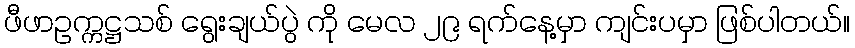
ဖီဖာဥက္ကဋ္ဌသစ် ရွေးချယ်ပွဲ ကို မေလ ၂၉ ရက်နေ့မှာ ကျင်းပမှာ ဖြစ်ပါတယ်။